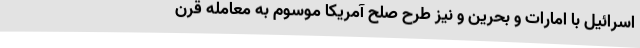
اسرائیل با امارات و بحرین و نیز طرح صلح آمریکا موسوم به معامله قرن